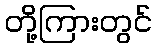
တို့ကြားတွင်